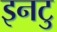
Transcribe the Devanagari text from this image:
इनटु